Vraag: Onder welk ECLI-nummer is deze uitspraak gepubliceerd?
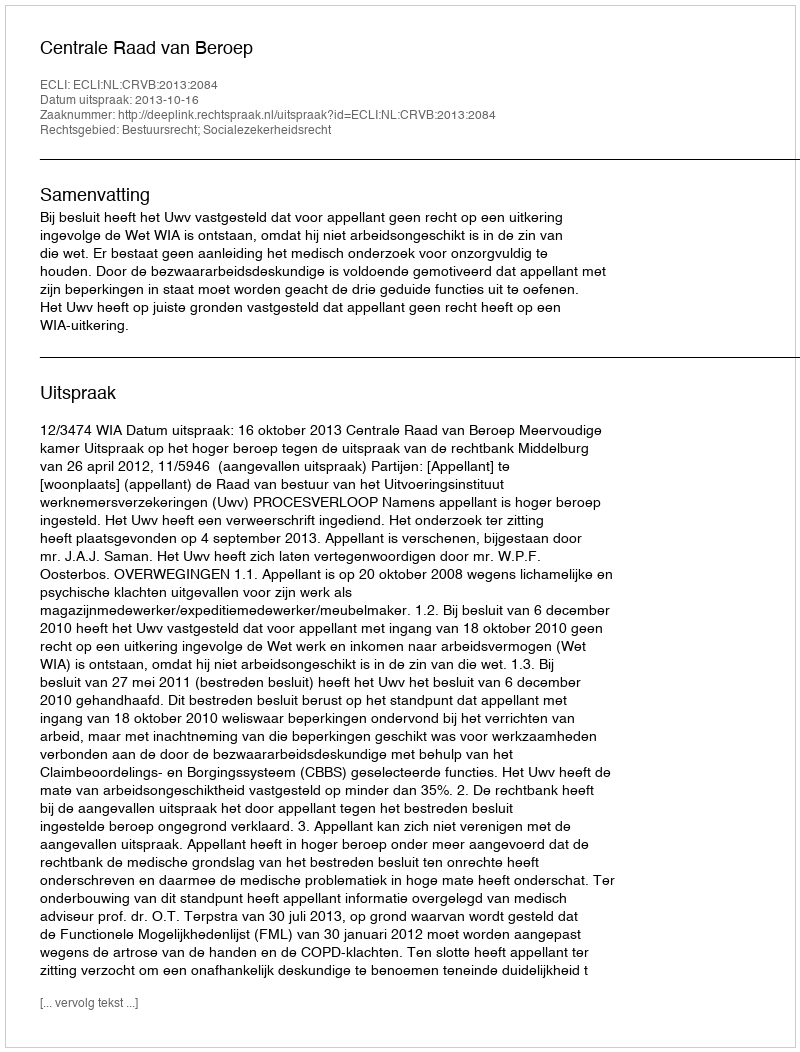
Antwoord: ECLI:NL:CRVB:2013:2084